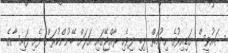
ސައުވީސް ގަޑިއިރުގެ ހިދުމަތް ލިބި ދިވެހި ރާއްޖޭގައި އަލަށް ބޭނުންކުރަން ފެށި ފައިސާގެ